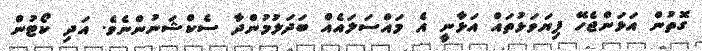
ގޮތުން އަޅަންޖެހޭ ފިޔަވަޅުތައް އަޅާނީ އެ މައްސަލައެއް ބަދަލުމުންދާ ސެކްޝަނުންނެވެ. އަދި ކޯޓުން